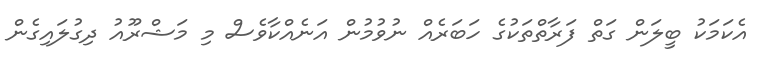
އެކަމަކު ބީލަން ގަތް ފަރާތްތަކުގެ ހަބަރެއް ނުވުމުން އަނެއްކާވެސް މި މަޝްރޫއު ދިގުލައިގެން